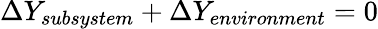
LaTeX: \Delta Y_{subsystem}+\Delta Y_{environment}=0